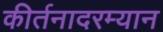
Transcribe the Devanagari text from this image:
कीर्तनादरम्यान